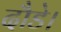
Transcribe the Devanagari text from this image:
दौडे।